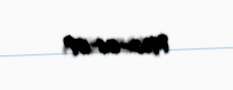
1952-06-07